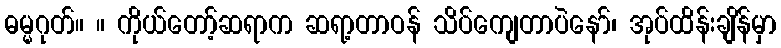
ဓမ္မဂုတ်။ ။ ကိုယ်တော့်ဆရာက ဆရာ့တာဝန် သိပ်ကျေတာပဲနော်၊ အုပ်ထိန်းချိန်မှာ